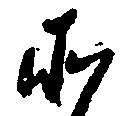
そ